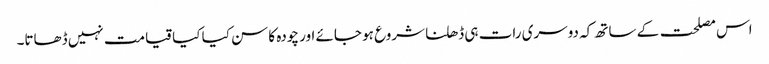
اس مصلحت کے ساتھ کہ دوسری رات ہی ڈھلنا شروع ہو جائے اور چودہ کا سن کیا کیا قیامت نہیں ڈھاتا۔